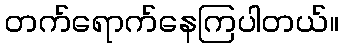
တက်ရောက်နေကြပါတယ်။